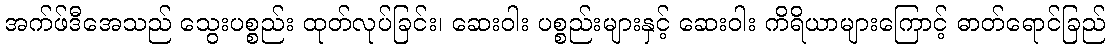
အက်ဖ်ဒီအေသည် သွေးပစ္စည်း ထုတ်လုပ်ခြင်း၊ ဆေးဝါး ပစ္စည်းများနှင့် ဆေးဝါး ကိရိယာများကြောင့် ဓာတ်ရောင်ခြည်